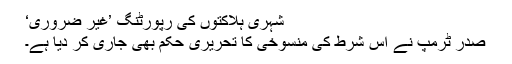
شہری ہلاکتوں کی رپورٹنگ ’غیر ضروری‘
صدر ٹرمپ نے اس شرط کی منسوخی کا تحریری حکم بھی جاری کر دیا ہے۔